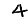
Digit: 4